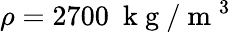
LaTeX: \rho=2700~\mathrm{~k~g~}/\mathrm{~m~}^{3}